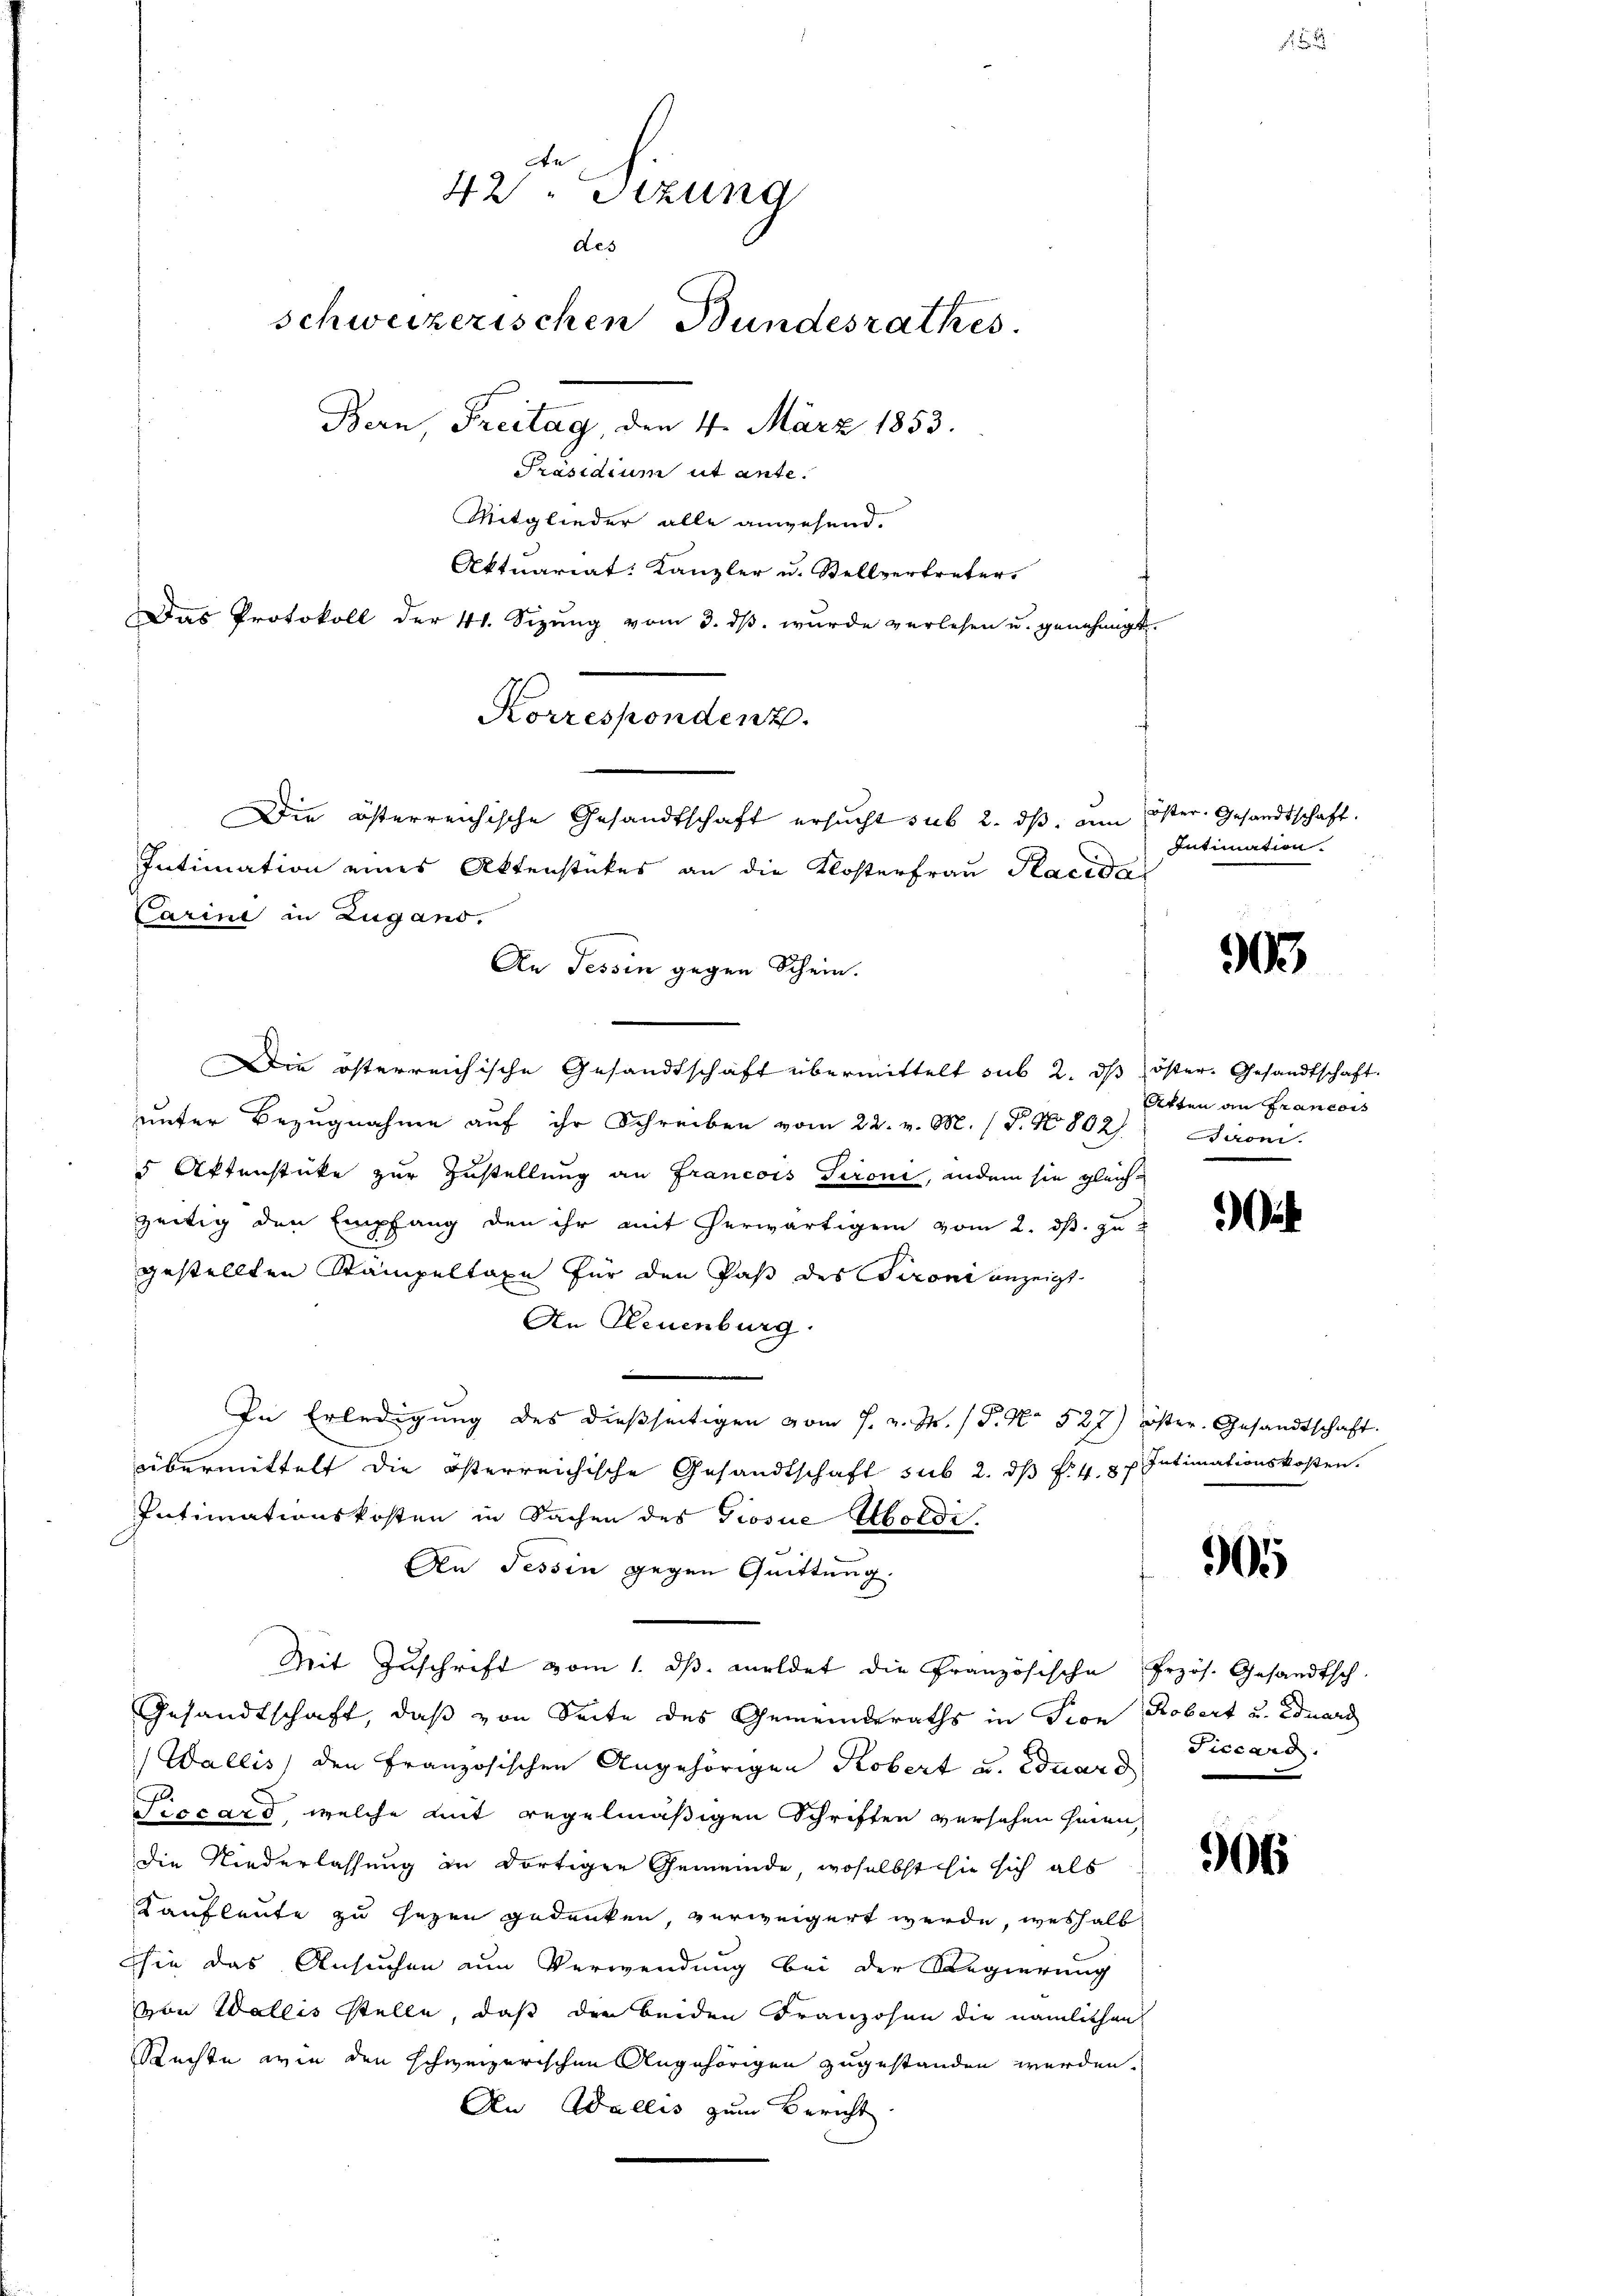
42. Sitzung
des
schweizerischen Bundesrathes.
Bern, Freitag, den 4. März 1853.
Präsidium ut ante.
Mitglieder alle anwesend.
Aktuariat: Kanzler u. Stellvertreter.
Das Protokoll der 41. Sizŭng vom 3. dβ. wŭrde verlesen u. genehmigt.
Korrespondenz.
Die österreichische Gesandtschaft ersucht sub 2. dβ. am öster Gesandtschaft.
Intimation eines Aktenstückes an die Klosterfrau Pacidal

Carini in Zugans.
Die österreichische Gesandtschaft übermittelt sub 2. dβ öster. Gesandtschaft.
unter Bezugnahme auf ihr Schreiben vom 22. v. M. (T. No 802), Airon
5 Aktenstücke zur Zustellung an Francois Tironi, andern sie gleichzeitig den Empfang den ihr mit herwärtigen vom 2. ds. zu
gestellten Stampeltaxe für den Paß des Tironi anzeigt
An Neuenburg
e
In Erledigŭng des dießseitigen vom 7. v. J. P. Nr. 527) öster. Gesandtschaft.
übermittelt die österreichische Gesandtschaft sub 2. dß f. 43 f. Intimationskosten.
Intimationskosten in Sachen des Giosue Aboldi
An Tessin gegen Quittung.
Mit Zuschrift vom 1. ds. meldet die Französische
Gesandtschaft, daß von Seite des Gemeinderaths in Fron Robert u. Eduard
(Wallis) den Französischen Angehörigen Kobert u. Eduard
Ficcard, welche mit regelmäßigen Schriften versehen hinen,
die Niederlassung in dortigen Gemeinde, woselbst sie sich als
Kaufleute zu sezen gedenken, verweigert werde, weshalb
hie das Ansuchen um Verwendung bei der Regierung
von Wallis stelle, daß der beiden Franzosen die nämlichen
Rechte wie den schweizerischen Angehörigen zugestanden werden.
An Wallis zum Bericht.

An Tessin gegen Schein.

Intimation.

303

Akten an Francois

t

0

Erzös. Gesandtsch.
Siccand.

906